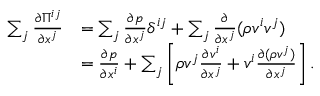
\begin{array} { r l } { \sum _ { j } \frac { \partial \Pi ^ { i j } } { \partial x ^ { j } } } & { = \sum _ { j } \frac { \partial p } { \partial x ^ { j } } \delta ^ { i j } + \sum _ { j } \frac { \partial } { \partial x ^ { j } } ( \rho v ^ { i } v ^ { j } ) } \\ & { = \frac { \partial p } { \partial x ^ { i } } + \sum _ { j } \left[ \rho v ^ { j } \frac { \partial v ^ { i } } { \partial x ^ { j } } + v ^ { i } \frac { \partial ( \rho v ^ { j } ) } { \partial x ^ { j } } \right] . } \end{array}